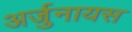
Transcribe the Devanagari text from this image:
अर्जुनायस